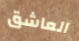
العاشق